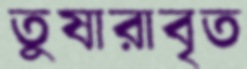
তুষারাবৃত